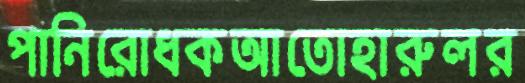
পানিরোধকআতোহারুলর